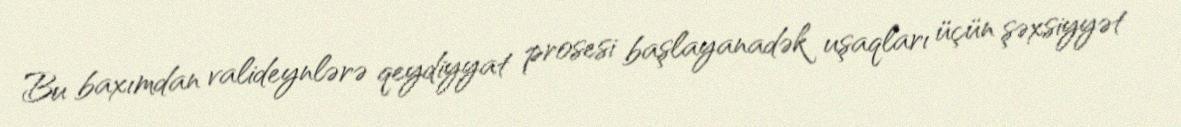
Bu baxımdan valideynlərə qeydiyyat prosesi başlayanadək uşaqları üçün şəxsiyyət